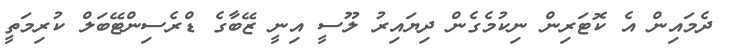
ދެމައިން އެ ކޮޓަރިން ނިކުމެގެން ދިޔައިރު ލޫސީ އިނީ ޒޭބާގެ ޑްރެސިންޓޭބަލް ކުރިމަތީ